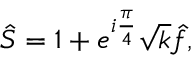
\hat { S } = 1 + e ^ { i \frac { \pi } { 4 } } \sqrt { k } \hat { f } ,